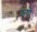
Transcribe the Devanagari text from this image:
झणें